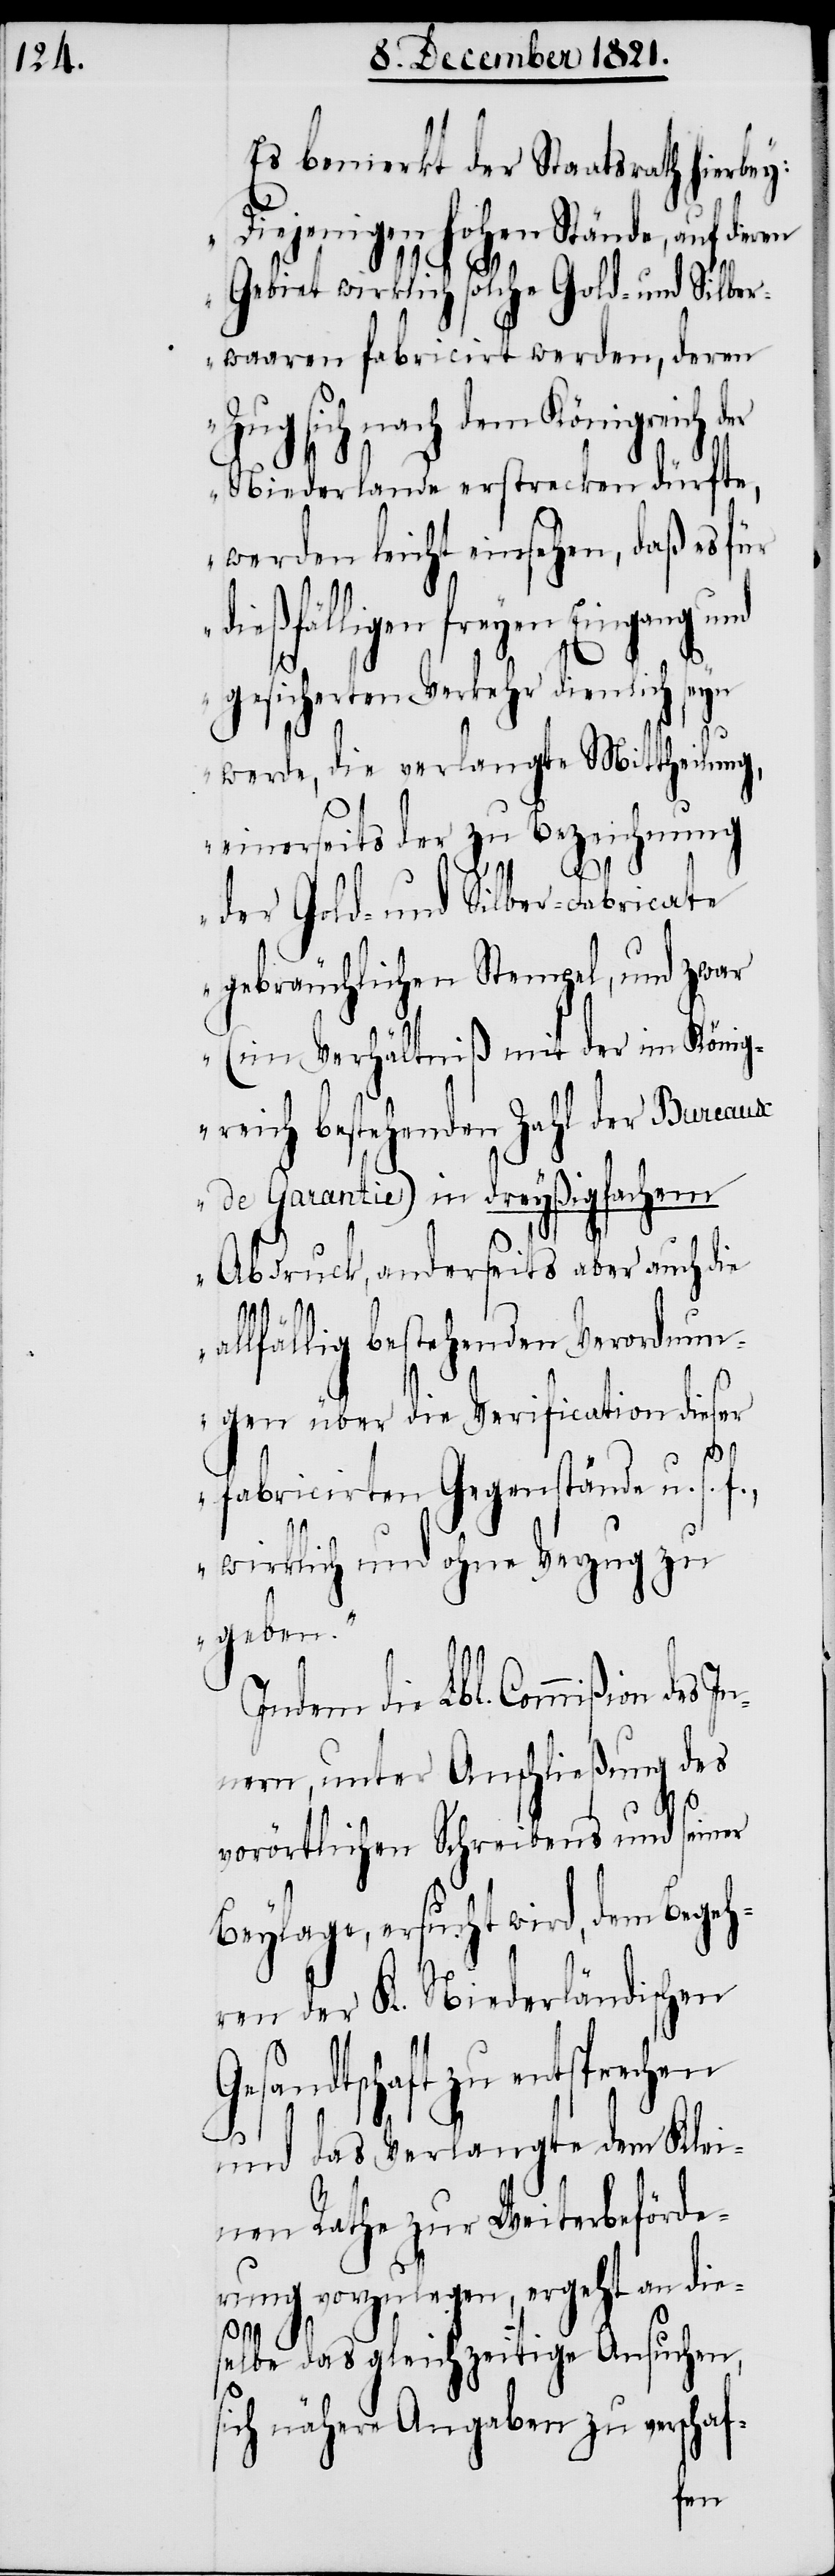
Es bemerkt der Staatsrath hierbey:
„Diejenigen hohen Stände, auf deren
In¬
Gebiet wirklich solche Gold- und Silber¬
waaren fabricirt werden, deren
Zug sich nach dem Königreich
Niederlande erstrecken dürfte,
werden leicht einsehen, daß es für
dießfälligen freyen Eingang
gesicherten Verkehr dienlich seyn
werde, die verlangte Mittheilung,
einerseits der zu Bezeichnung
der Gold- und Silber-Fabricate
gebräuchlichen Stempel, und zwar
(im Verhältniß mit der im König¬
reich bestehenden Zahl der Bureaux
de Garantie) in dreyßigfachem
Abdruck, anderseits aber auch die
allfällig bestehenden Verordnun¬
gen über die Verification dieser
fabricirten Gegenstände u. s. f.,
wirklich und ohne Verzug zu
geben.“
Indem die Lbl. Commißion des
nern, unter Anschließung des
vorörtlichen Schreibens und seiner
Beylage, ersucht wird, dem Begeh¬
ren der K. Niederländischen
Gesandtschaft zu entsprechen
und das Verlangte dem Klei¬
nen Rathe zur Weiterbeförde¬
rung vorzulegen, ergeht an die¬
selbe das gleichzeitige Ansuchen,
sich nähere Angaben zu verschaf-